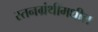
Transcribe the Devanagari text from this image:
स्तनग्रंथींमधील